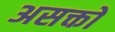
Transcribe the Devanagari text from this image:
असक्तों